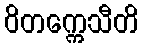
ဝိတက္ကေသီတိ